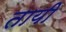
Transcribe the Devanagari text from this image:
तायी